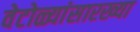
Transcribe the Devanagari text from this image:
वेटोळ्यांसारख्या